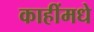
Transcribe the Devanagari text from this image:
काहींमधे